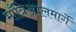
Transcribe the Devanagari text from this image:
माँत्रिआलमार्गे